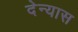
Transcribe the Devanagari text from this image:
देन्यास